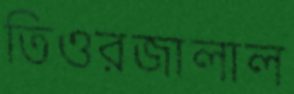
তিওরজালাল